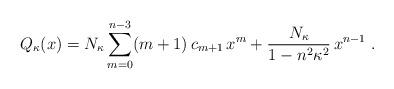
LaTeX: \begin{align*}Q_{\kappa}(x)= N_{\kappa} \sum_{m=0}^{n-3}(m+1)\, c_{m+1}\, x^{m} + \frac{N_{\kappa}}{1-n^2\kappa^2}\, x^{n-1} \ . \end{align*}